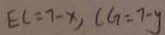
E C = 7 - x , C G = 7 - y